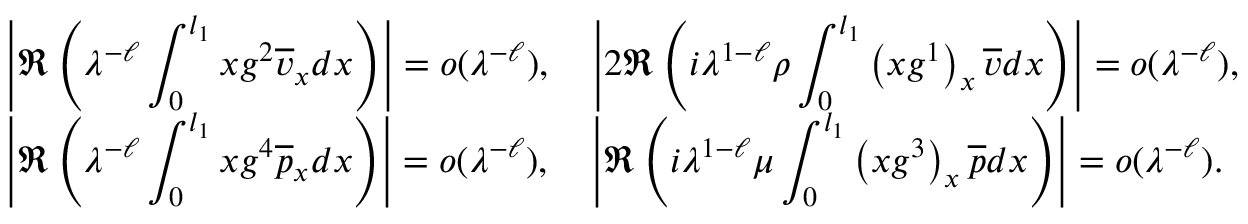
\begin{array} { l } { \displaystyle \left| \Re \left( { \lambda } ^ { - \ell } \int _ { 0 } ^ { l _ { 1 } } x g ^ { 2 } \overline { { v } } _ { x } d x \right) \right| = o ( { \lambda } ^ { - \ell } ) , \quad \left| 2 \Re \left( i { \lambda } ^ { 1 - \ell } \rho \int _ { 0 } ^ { l _ { 1 } } \left( x g ^ { 1 } \right) _ { x } \overline { { v } } d x \right) \right| = o ( { \lambda } ^ { - \ell } ) , } \\ { \displaystyle \left| \Re \left( { \lambda } ^ { - \ell } \int _ { 0 } ^ { l _ { 1 } } x g ^ { 4 } \overline { { p } } _ { x } d x \right) \right| = o ( { \lambda } ^ { - \ell } ) , \quad \left| \Re \left( i { \lambda } ^ { { 1 - \ell } } \mu \int _ { 0 } ^ { l _ { 1 } } \left( x g ^ { 3 } \right) _ { x } \overline { { p } } d x \right) \right| = o ( { \lambda } ^ { - \ell } ) . } \end{array}